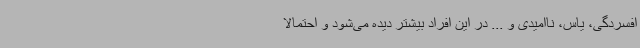
افسردگی، یاس، ناامیدی و ... در این افراد بیشتر دیده می‌شود و احتمالا